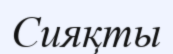
Сияқты